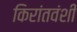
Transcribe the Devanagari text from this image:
किरांतवंशी